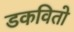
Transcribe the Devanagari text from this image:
डकवितो